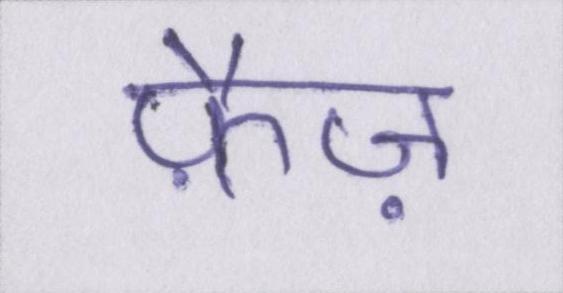
फ़ैज़